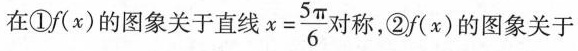
在①f(x)的图象关于直线 $$x= \frac{5 \pi}{6}$$ 对称，②f(x)的图象关于